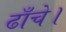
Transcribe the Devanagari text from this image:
ढाँचे।